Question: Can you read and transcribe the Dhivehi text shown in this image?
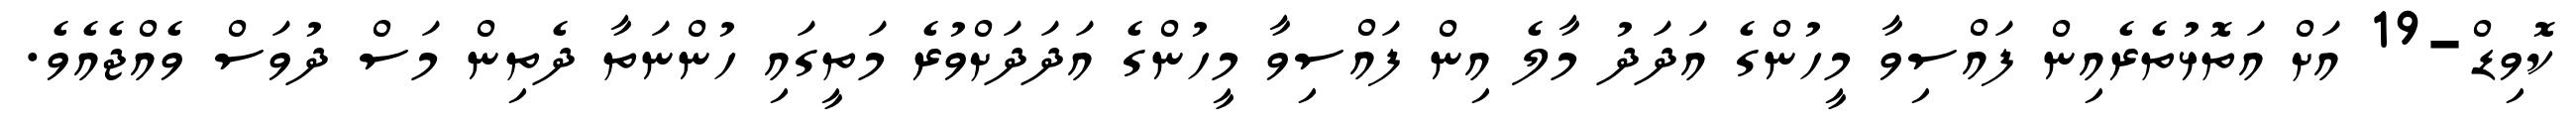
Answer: ކޮވިޑް-19 އަށް އަތޮޅުތެރެއިން ފައްސިވާ މީހުންގެ އަދަދު މާލެ އިން ފައްސިވާ މީހުންގެ އަދަދަށްވުރެ މަތީގައި ހުންނަތާ ދެތިން މަސް ދުވަސް ވެއްޖެއެވެ.